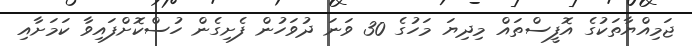
ޖަމިއްޔާތަކުގެ އޮފީސްތައް މިދިޔަ މަހުގެ 30 ވަނަ ދުވަހުން ފެށިގެން ހުސްކޮށްފައިވާ ކަމަށާއި